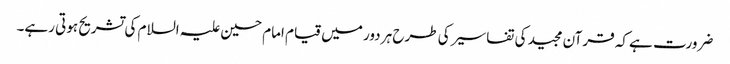
ضرورت ہے کہ قرآن مجید کی تفاسیر کی طرح ہر دور میں قیام امام حسین علیہ السلام کی تشریح ہوتی رہے۔